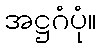
အဋ္ဌဂံပုံ။